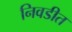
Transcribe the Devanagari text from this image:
निवडीत